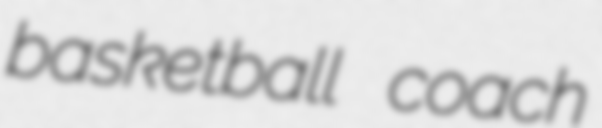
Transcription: basketball coach